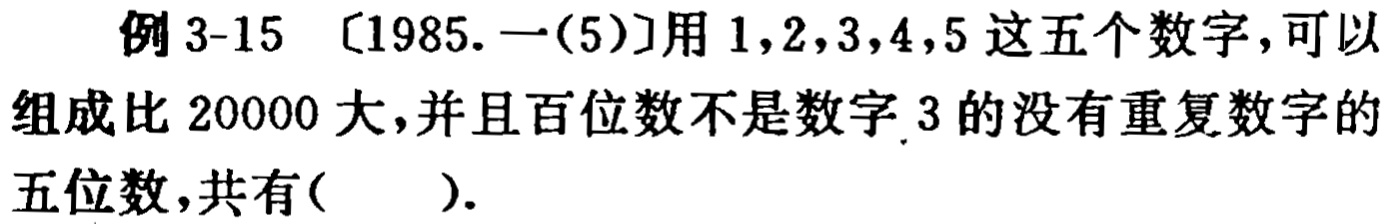
例 3-15 [1985.一(5)]用 \(1,2,3,4,5\) 这五个数字，可以组成比 \(20000\) 大，并且百位数不是数字 \(3\) 的没有重复数字的五位数，共有(  ).